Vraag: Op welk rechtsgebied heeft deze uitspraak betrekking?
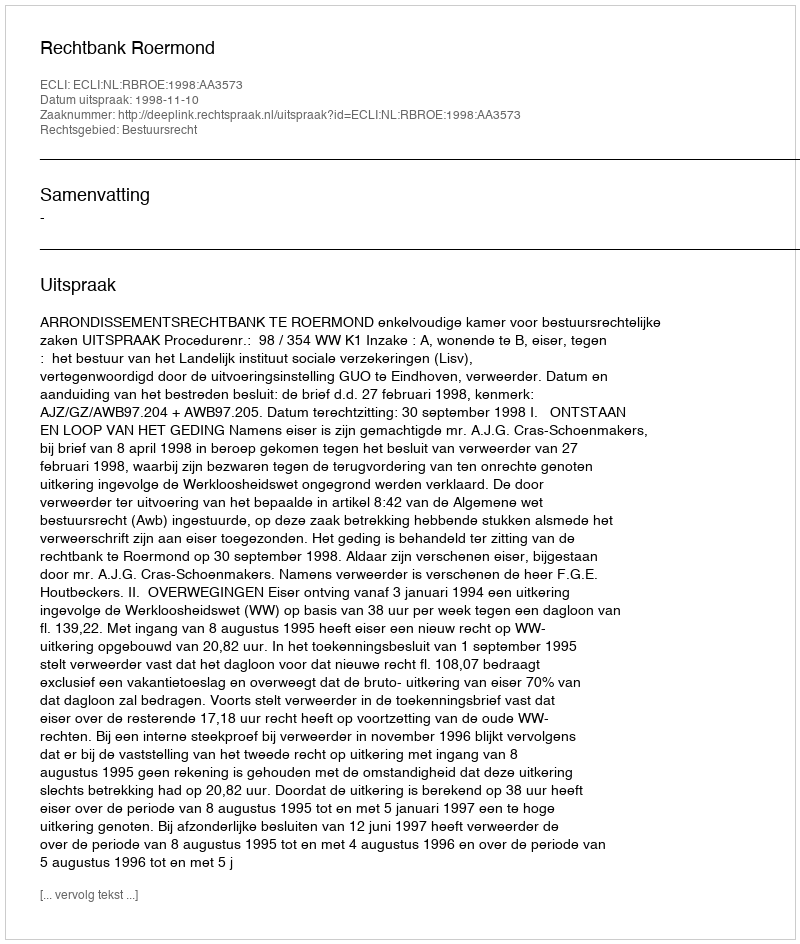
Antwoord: Bestuursrecht